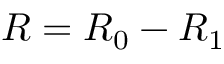
R = R _ { 0 } - R _ { 1 }